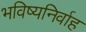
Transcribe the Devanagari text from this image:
भविष्यनिर्वाह